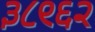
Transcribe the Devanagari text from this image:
३८९६२